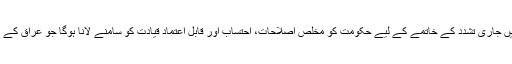
پومپیو کے مطابق عراق میں جاری تشدد کے خاتمے کے لیے حکومت کو مخلص اصلاحات، احتساب اور قابل اعتماد قیادت کو سامنے لانا ہوگا جو عراق کے مفادات کو پہلی ترجیح دے۔